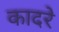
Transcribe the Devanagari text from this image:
कादरे